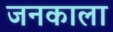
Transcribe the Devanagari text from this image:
जनकाला